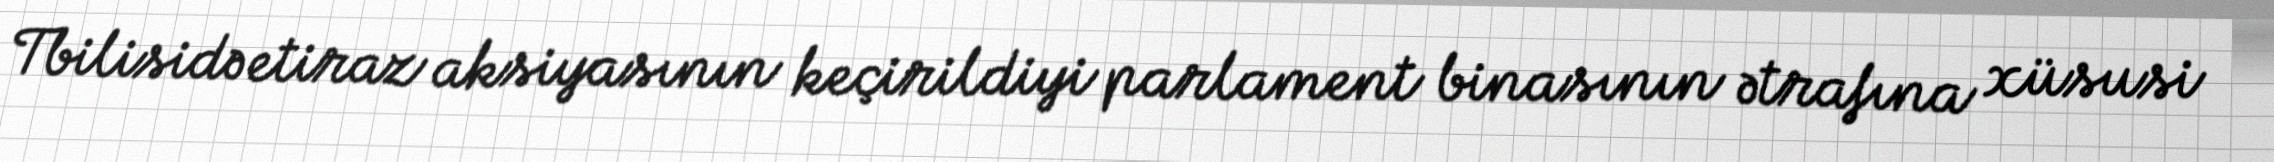
Tbilisidə etiraz aksiyasının keçirildiyi parlament binasının ətrafına xüsusi